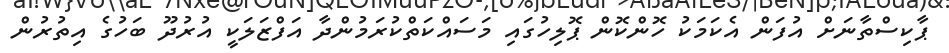
ޕާކިސްތާނަށް އުފަން އެކަމަކު ހޮންކޮން ޕޮލިހުގައި މަސައްކަތްކުރަމުންދާ އަފްޒަލަކީ އުރުދޫ ބަހުގެ އިތުރުން